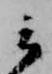
云